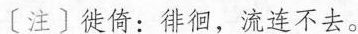
〔注〕徙倚：徘徊，流连不去。